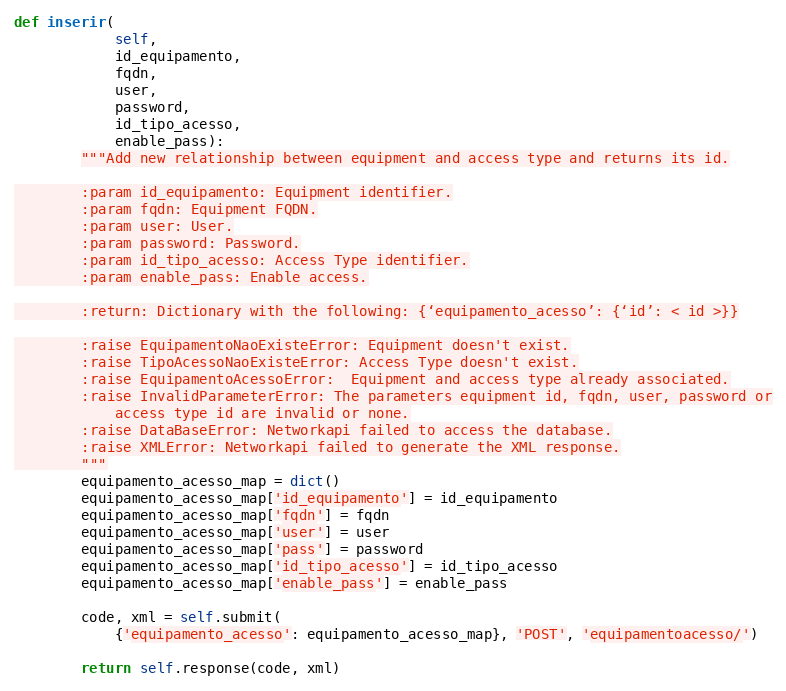
Language: Python
def inserir(
            self,
            id_equipamento,
            fqdn,
            user,
            password,
            id_tipo_acesso,
            enable_pass):
        """Add new relationship between equipment and access type and returns its id.

        :param id_equipamento: Equipment identifier.
        :param fqdn: Equipment FQDN.
        :param user: User.
        :param password: Password.
        :param id_tipo_acesso: Access Type identifier.
        :param enable_pass: Enable access.

        :return: Dictionary with the following: {‘equipamento_acesso’: {‘id’: < id >}}

        :raise EquipamentoNaoExisteError: Equipment doesn't exist.
        :raise TipoAcessoNaoExisteError: Access Type doesn't exist.
        :raise EquipamentoAcessoError:  Equipment and access type already associated.
        :raise InvalidParameterError: The parameters equipment id, fqdn, user, password or
            access type id are invalid or none.
        :raise DataBaseError: Networkapi failed to access the database.
        :raise XMLError: Networkapi failed to generate the XML response.
        """
        equipamento_acesso_map = dict()
        equipamento_acesso_map['id_equipamento'] = id_equipamento
        equipamento_acesso_map['fqdn'] = fqdn
        equipamento_acesso_map['user'] = user
        equipamento_acesso_map['pass'] = password
        equipamento_acesso_map['id_tipo_acesso'] = id_tipo_acesso
        equipamento_acesso_map['enable_pass'] = enable_pass

        code, xml = self.submit(
            {'equipamento_acesso': equipamento_acesso_map}, 'POST', 'equipamentoacesso/')

        return self.response(code, xml)